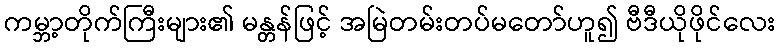
ကမ္ဘာ့တိုက်ကြီးများ၏ မန္တန်ဖြင့် အမြဲတမ်းတပ်မတော်ဟူ၍ ဗီဒီယိုဖိုင်လေး